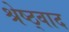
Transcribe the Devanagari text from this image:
श्रेष्ठ्वाद